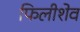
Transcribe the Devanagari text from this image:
फिलीशेव